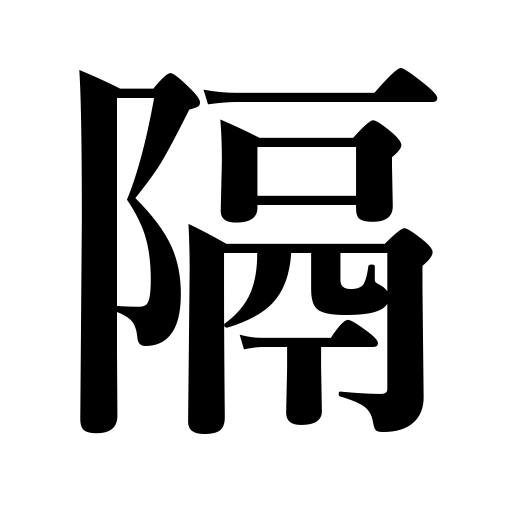
Meanings: estrange,alternate,shield,every other,distance,separate,interpose,be separated from,screen,become estranged,be distant from